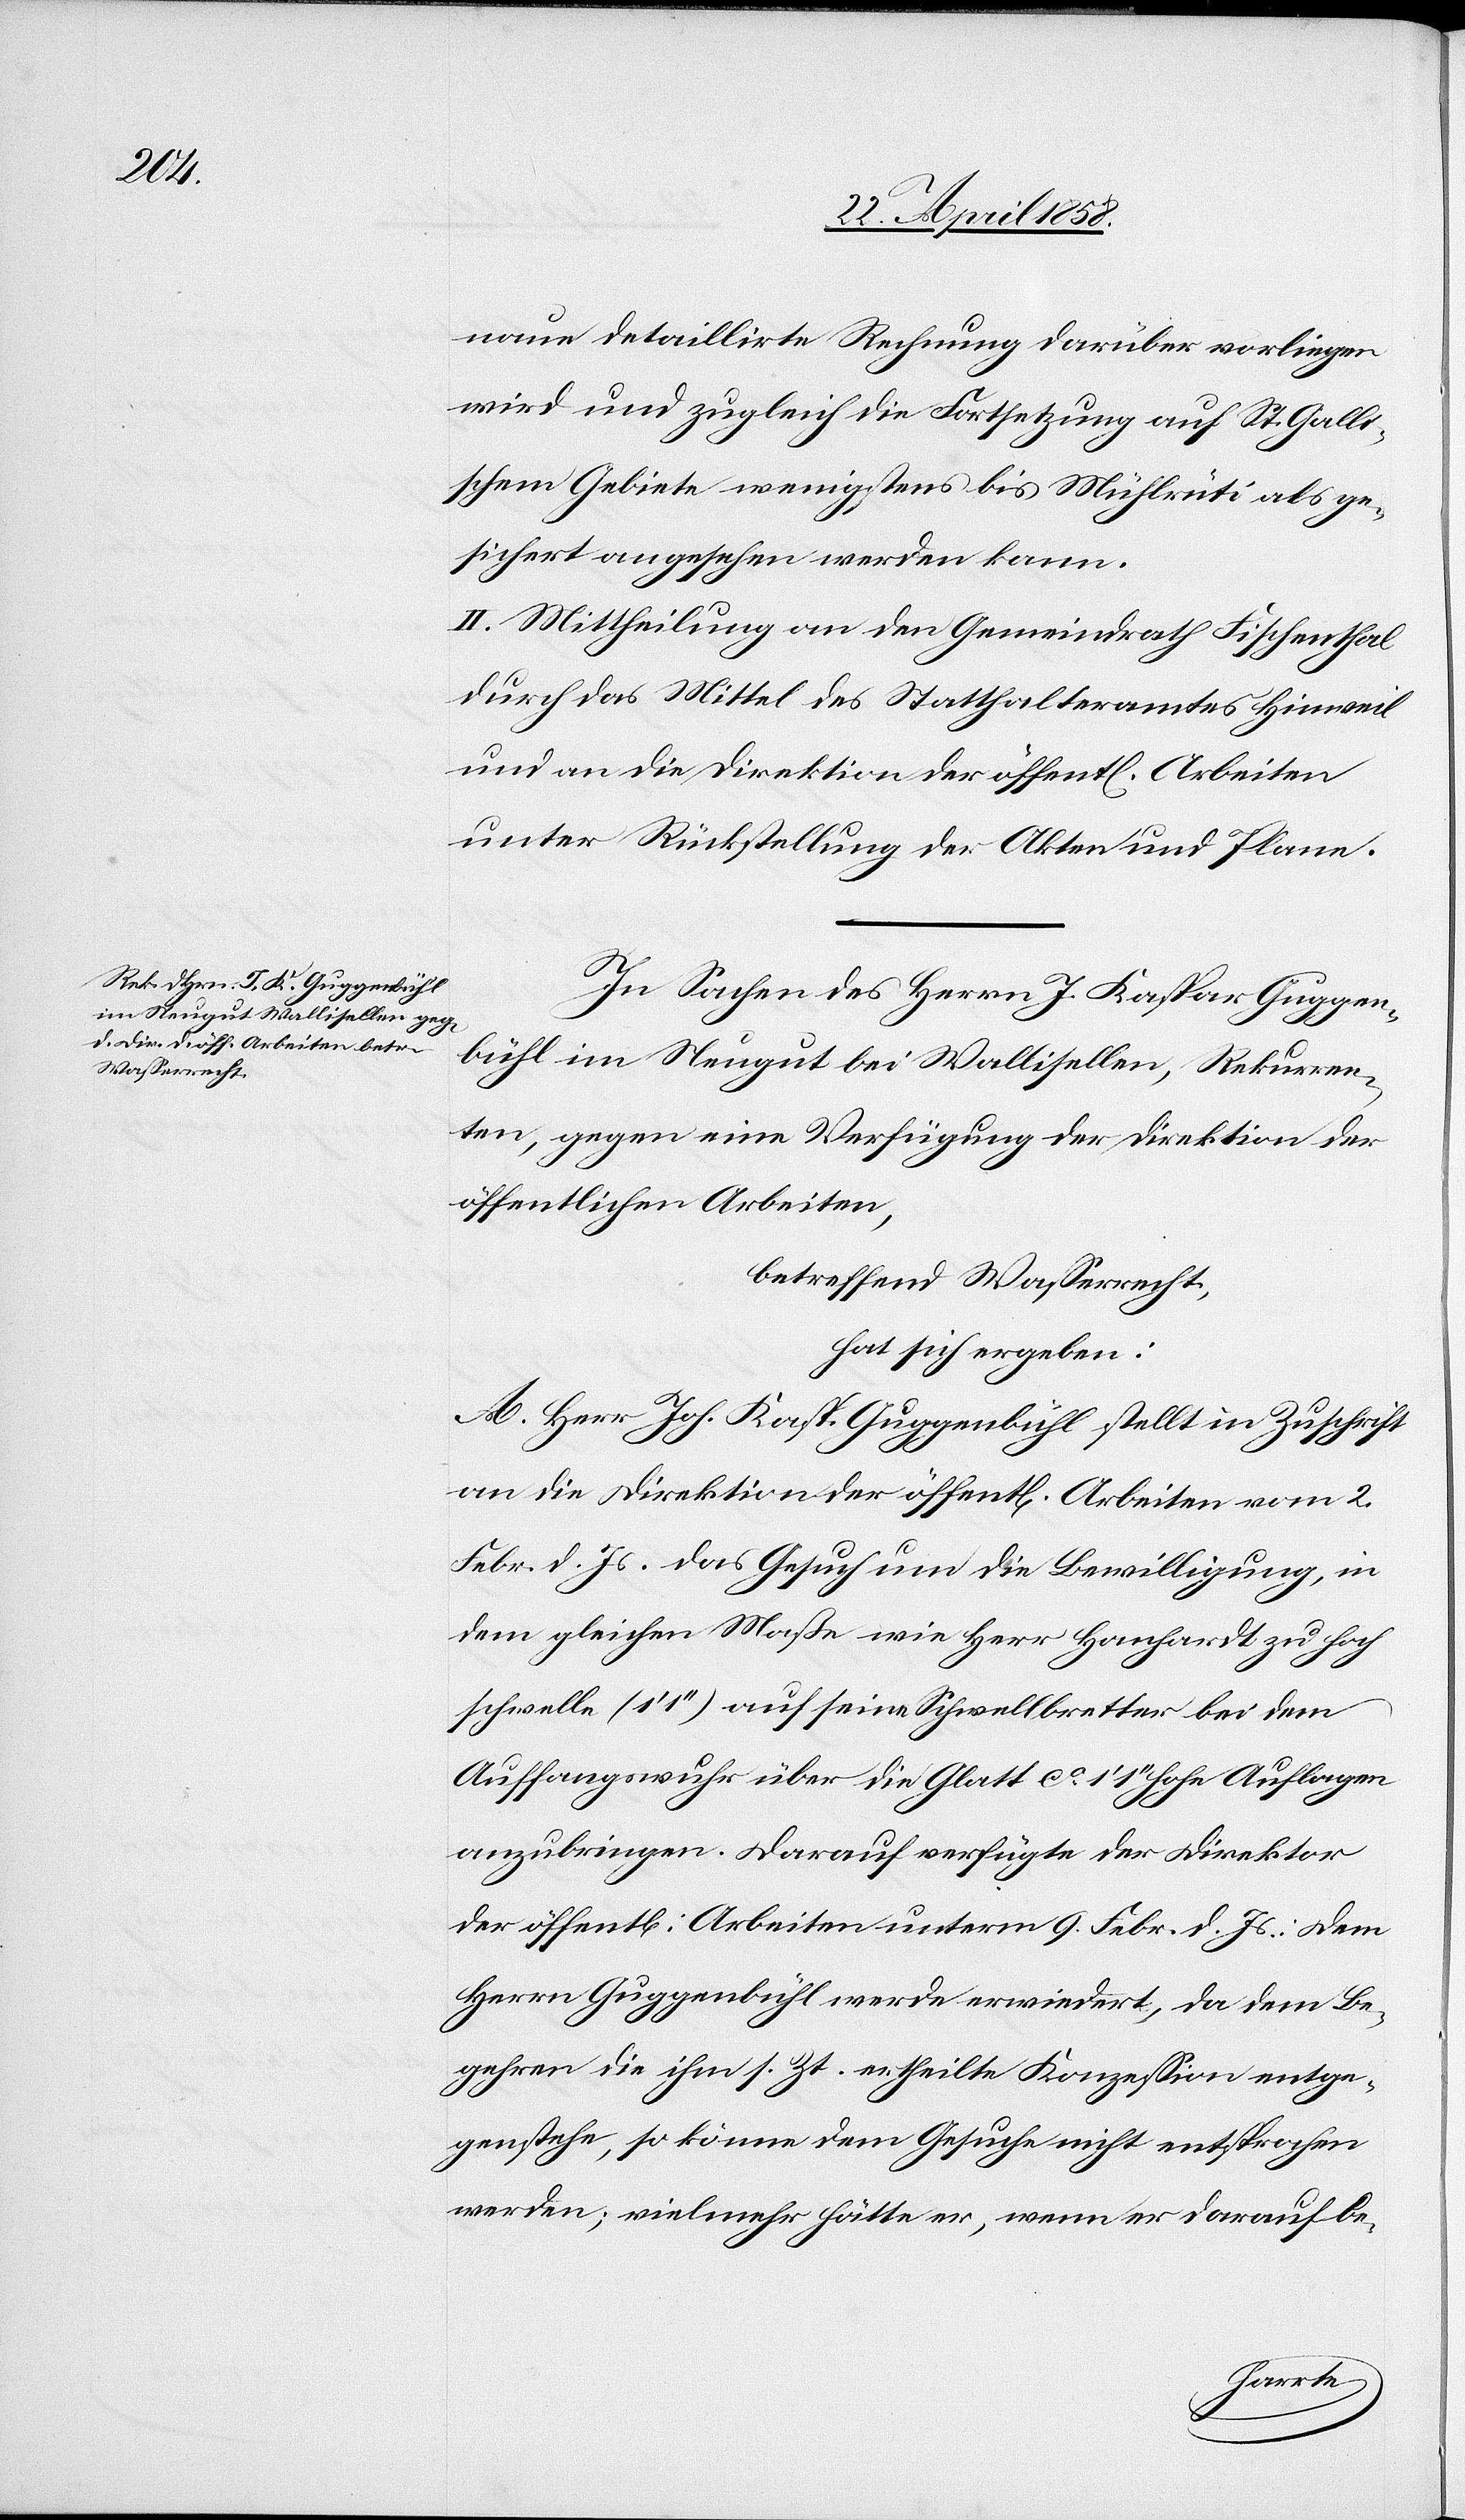
naue detaillirte Rechnung darüber vorliegen
wird und zugleich die Fortsetzung auf St. Galli¬
schem Gebiete wenigstens bis Mühlrüti als ge¬
sichert angesehen werden kann.
II. Mittheilung an den Gemeindrath Fischenthal
durch das Mittel des Statthalteramtes Hinweil
und an die Direktion der öffent[lichen] Arbeiten
unter Rückstellung der Akten und Plane.
In Sachen des Herrn J. Kaspar Guggen¬
bühl im Neugut bei Wallisellen, Rekurren¬
ten, gegen eine Verfügung der Direktion der
öffentlichen Arbeiten,
betreffend Wasserrecht,
hat sich ergeben:
A. Herr Joh. Kasp. Guggenbühl stellt in Zuschrift
an die Direktion der öffent[lichen] Arbeiten vom 2.
Febr. d. Js. das Gesuch um die Bewilligung, in
dem gleichen Maße wie Herr Hanhardt zu hoch
schwelle (‚1 1’’) auf seine Schwellbretter bei dem
Auffangswurh über die Glatt ca 1’ 1’’ hohe Auflagen
anzubringen. Darauf verfügte der Direktor
der öffent[lichen] Arbeiten unterm 9. Febr. d. Js.: Dem
Herrn Guggenbühl werde erwiedert, da dem Be¬
gehren die ihm s. Zt. ertheilte Konzession entge¬
genstehe, so könne dem Gesuche nicht entsprochen
werden; vielmehr hätte er, wenn er darauf be-